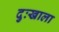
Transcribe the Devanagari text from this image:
दुःखाला